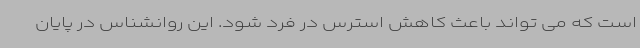
است که می تواند باعث کاهش استرس در فرد شود. این روانشناس در پایان